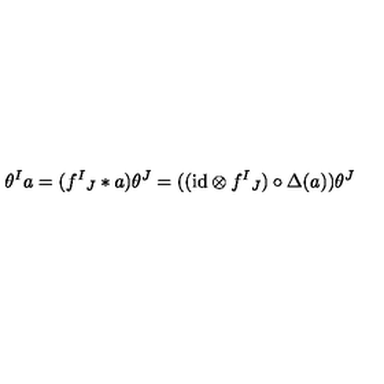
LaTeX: \theta ^ { I } a = ( f ^ { I } { } _ { J } \ast a ) \theta ^ { J } = ( ( \mathrm { i d } \otimes f ^ { I } { } _ { J } ) \circ \Delta ( a ) ) \theta ^ { J }